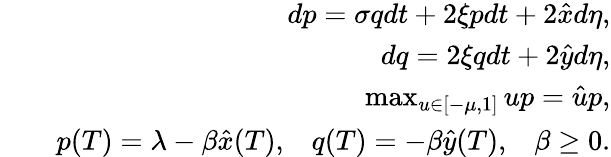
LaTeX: \begin{array}{rlr}&{}&{dp=\sigma qdt+2\xi pdt+2\hat{x}d\eta,}\\ &{}&{dq=2\xi qdt+2\hat{y}d\eta,}\\ &{}&{\operatorname*{max}_{u\in[-\mu,1]}up=\hat{u}p,}\\ &{}&{p(T)=\lambda-\beta\hat{x}(T),\; \; \; q(T)=-\beta\hat{y}(T),\; \; \; \beta\geq 0.}\end{array}